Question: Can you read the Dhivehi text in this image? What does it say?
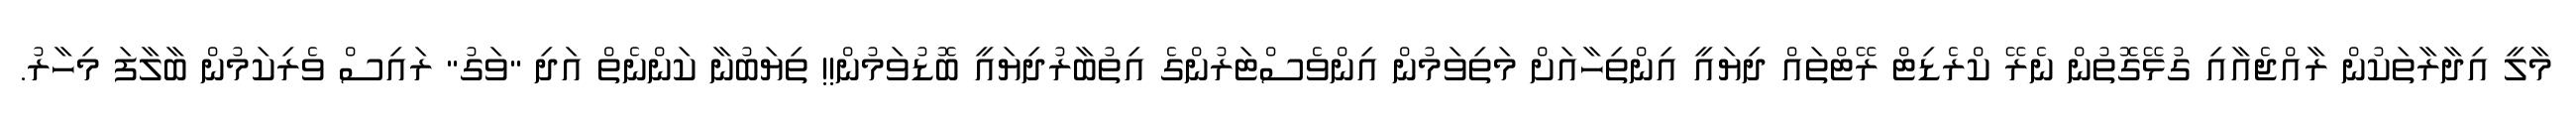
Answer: މާލީ އިދާރާތަކުން ރާއްޖެއާއި ގުޅޭގޮތުން ނެރޭ ކްރެޑިޓް ރޭޓްތައް ދިޔައީ އިންތިހާއަށް މަތިވަމުން އިންވެސްޓަރުންގެ އިތުބާރުދިޔައީ ބޮޑުވަމުން!! ތިޔަބުނާ ކަންނެތް އަދި "ވަގު" ރައިސް ވެރިކަމުން ބާލާފަ މިހާރު.